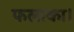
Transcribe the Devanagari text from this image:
फलाका।